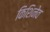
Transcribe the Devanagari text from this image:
किशिनेव